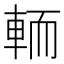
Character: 輀